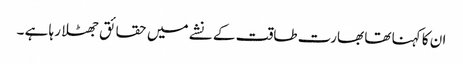
ان کا کہنا تھا بھارت طاقت کے نشے میں حقائق جھٹلا رہا ہے ۔